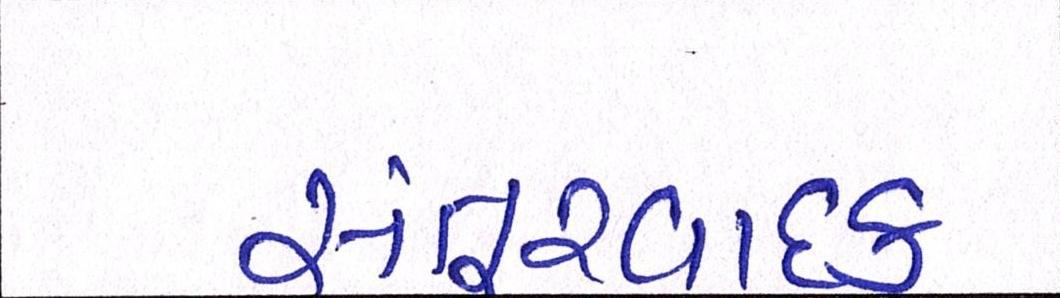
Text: સંતૂરવાદક